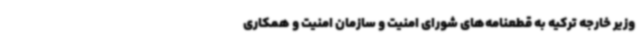
وزیر خارجه ترکیه به قطعنامه‌های شورای امنیت و سازمان امنیت و همکاری